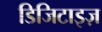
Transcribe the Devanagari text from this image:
डिजिटाइज़